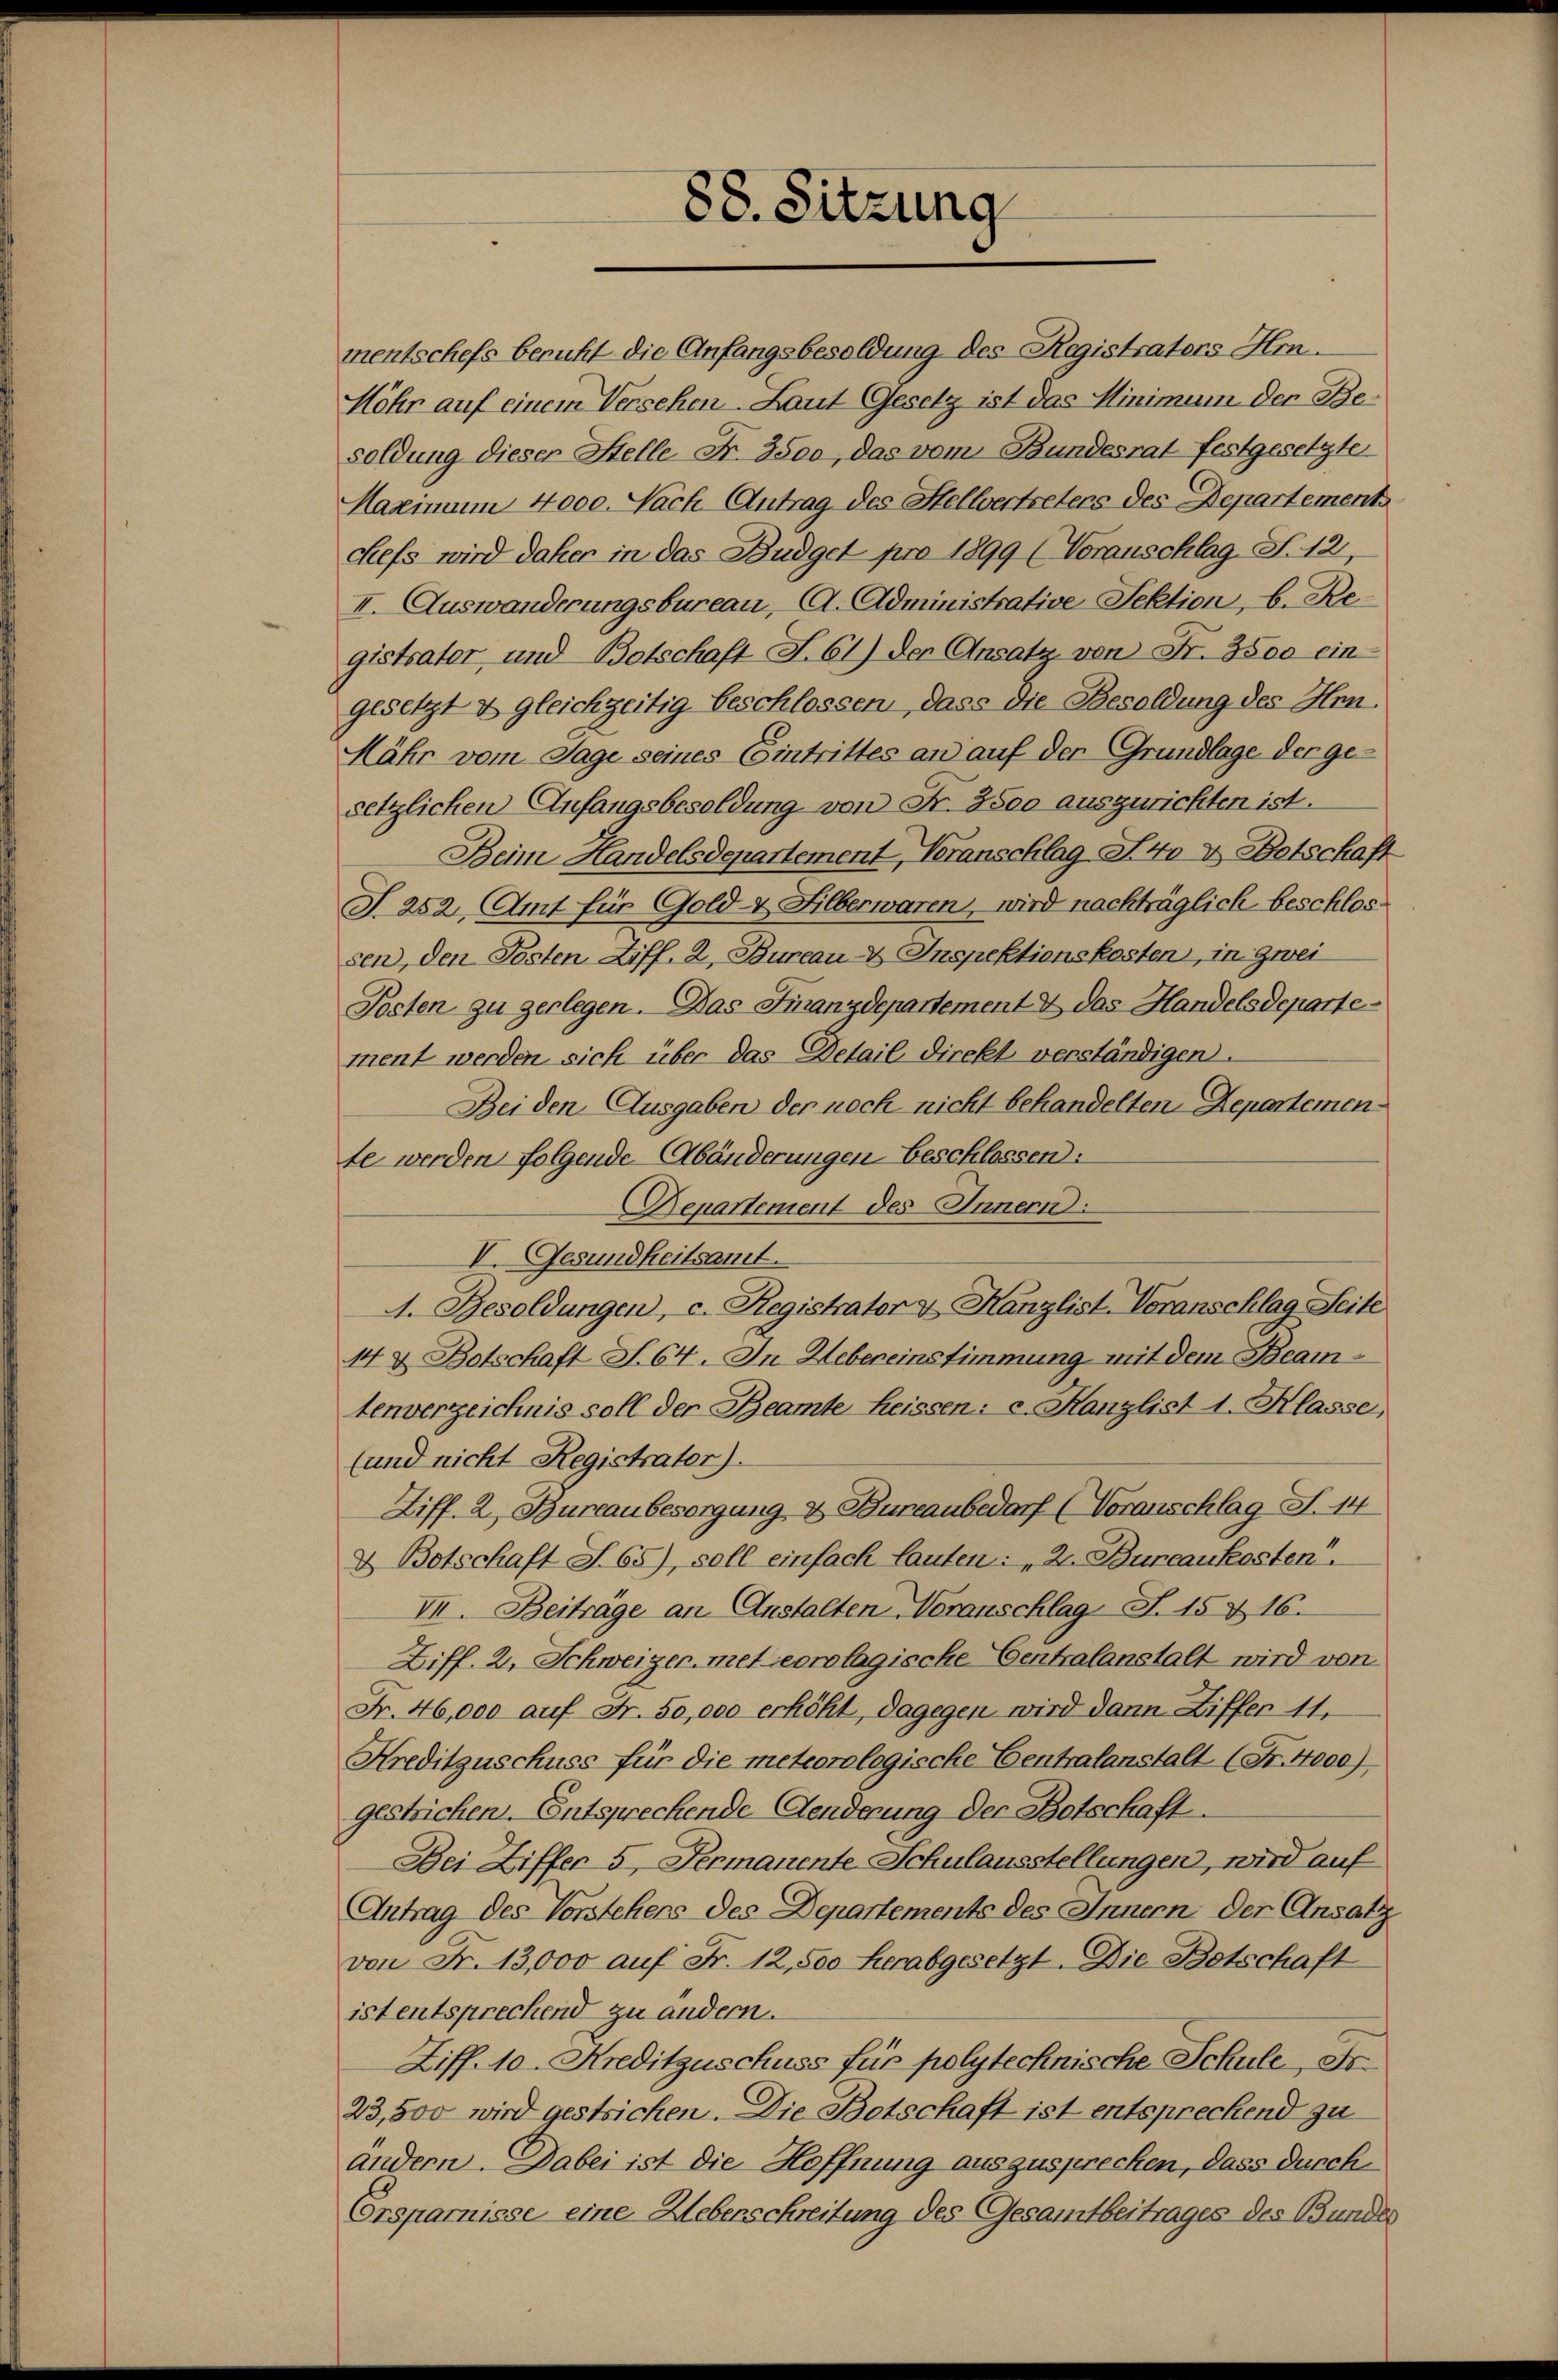
88. Sitzung

mentschefs beruht die Anfangsbesoldung des Registrators Hrn.
Möhr auf einem Versehen Laut Gesetz ist das Minimum den Besoldung dieser Stelle Nr. 3500, das vom Bundesrat festgesetzte
Maximum 4000. Nach Antrag des Stellvertreters des Departement
Siefs wird daher in das Budget pro 1899 (Voranschlag N. 12,
II. Auswanderungsbureau, A. Administrative Sektion, b. Registrator und Botschaft S. 61) der Ansatz, von Fr. 3500 ein-
gesetzt & gleichzeitig beschlossen, dass die Besoldung des Hen
Mähr vom Tage seines Eintrittes an auf der Grundlage der gesetzlichen Anfangsbesoldung von Fr. 3500 auszurichten ist.
Beim Handelsdepartement, Voranschlag S. 40 u Botschaft
T. 252, Amt für Gold- & Silberwaren, wird nachträglich beschlos
sen, den Posten Ziff. 2, Bureau- & Inspektionskosten, in zwei
Posten zu gerlegen. Das Finanzdepartement & das Handelsdepartement werden sich über das Detail direkt verständigen.
Bei den Ausgaben der noch nicht behandelten Repartemente werden folgende Abänderungen Beschlossen:
Departement des Innern.
V. Gesundheitsamt.
A. Besoldungen, c. Registrator & Kanzlist. Voranschlag Seite
14 & Botschaft S. 64. In Uebereinstimmung mit dem Beamtenverzeichnis soll der Beamte heissen: c. Kanzlist 1. Klasse,
(und nicht Registrator).
Ziff. 2, Bureau besorgung & Bureaubedarf (Voranschlag S. 14
& Botschaft S. 65), soll einfach lauten: „2. Bureaukosten.
VII. Beiträge an Anstalten Voranschlag S. 15 & 16.
Ziff. 2, Schweizer, meteorologische Centralanstalt wird von
Fr. 46,000 auf Fr. 50,000 erhöht, dagegen wird dann Ziffer 11.
Kreditzuschuss für die meteorologische Centralanstalt (S. 4000)
gestrichen. Entsprechende Aenderung der Botschaft.
Dei Ziffer 5 Permanente Schulausstellungen, wird auf
Antrag des Vorstehers des Departements des Innern der Ansatz
von Fr. 13,000 auf Fr. 12,500 herabgesetzt. Die Betschaft
ist entsprechend zu andern.
Ziff. 10. Kreditzuschuss für polytechnische Schule, Sr.
23,500 wird gestrichen. Die Botschaft ist entsprechend zu
ändern. Dabei ist die Hoffnung auszusprechen, dass durch
Corsparnisse eine Heberschreitung des Gesamtbeitrages des Bundes